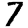
Digit: 7